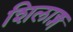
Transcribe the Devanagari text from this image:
शिलाङ्ग